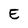
Character: E